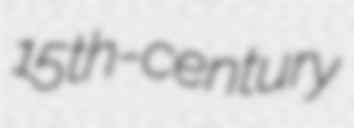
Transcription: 15th-century